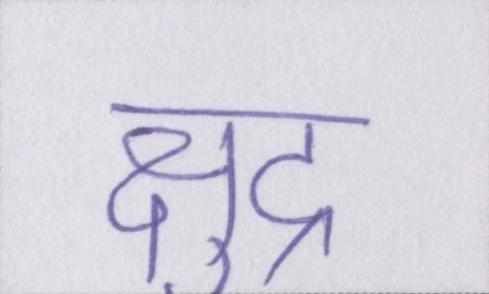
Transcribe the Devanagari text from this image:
क्षुद्र